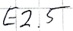
Text: E2.5